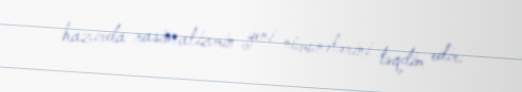
hazırda rasionalizmin yeni nümunələrini təqdim edir.